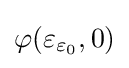
\varphi (\varepsilon _{\varepsilon _{0}},0)